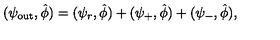
( \psi _ { \mathrm { o u t } } , \hat { \phi } ) = ( \psi _ { r } , \hat { \phi } ) + ( \psi _ { + } , \hat { \phi } ) + ( \psi _ { - } , \hat { \phi } ) ,